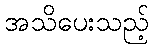
အသိပေးသည့်